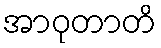
အာဝုတာတိ